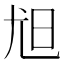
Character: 𡯟